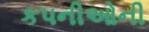
કપનીઓની